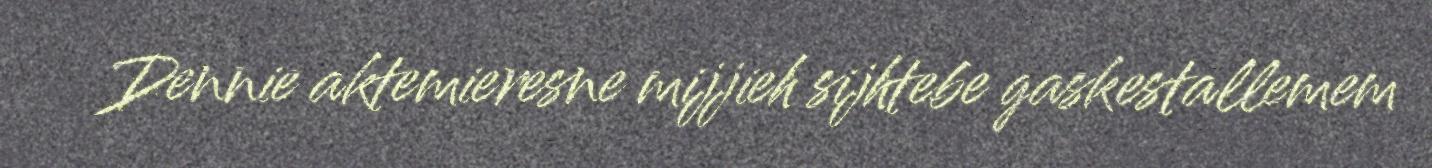
Dennie aktemieresne mijjieh sijhtebe gaskestallemem